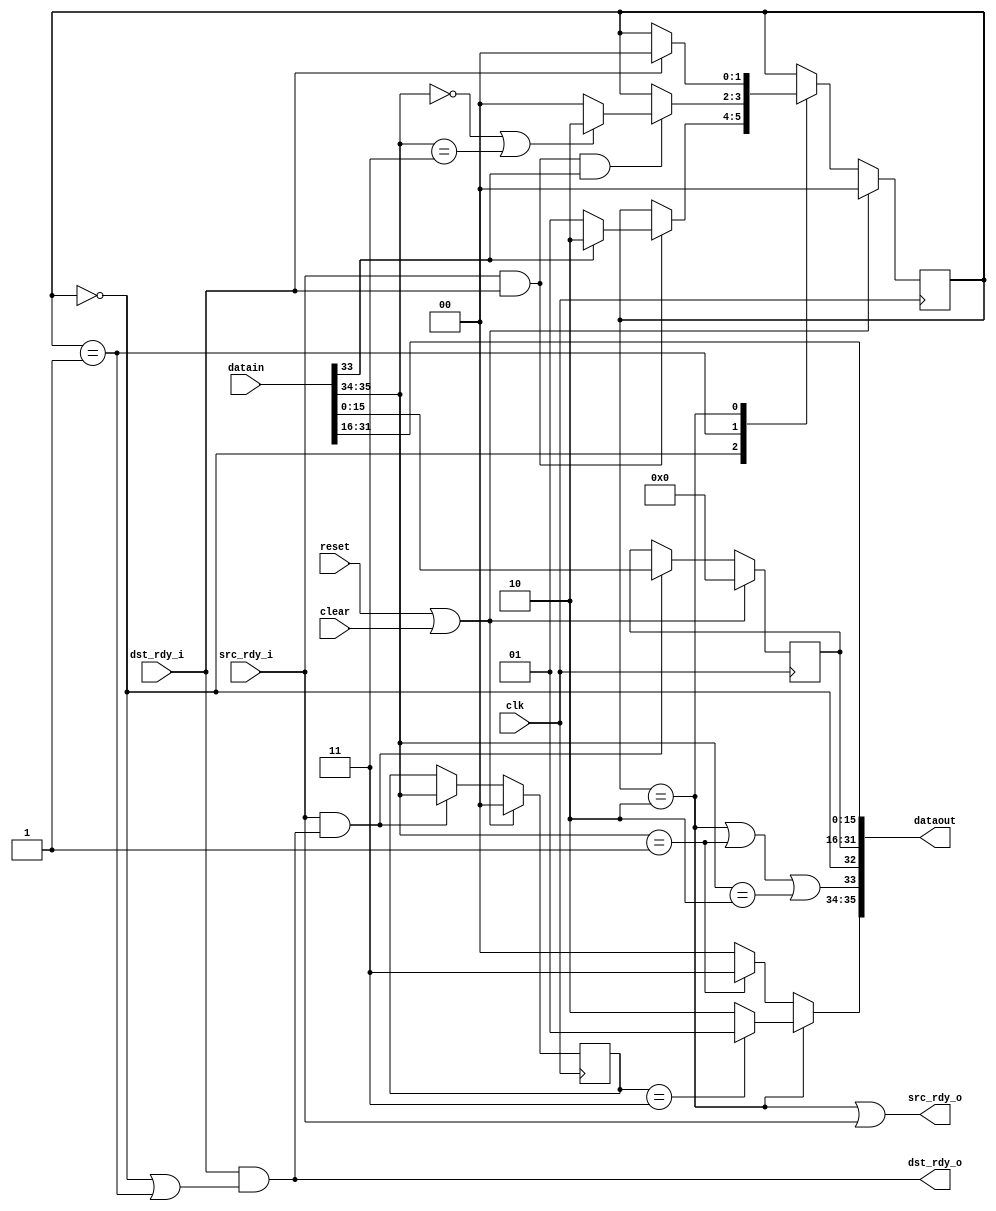
//
// Copyright 2011 Ettus Research LLC
//
// This program is free software: you can redistribute it and/or modify
// it under the terms of the GNU General Public License as published by
// the Free Software Foundation, either version 3 of the License, or
// (at your option) any later version.
//
// This program is distributed in the hope that it will be useful,
// but WITHOUT ANY WARRANTY; without even the implied warranty of
// MERCHANTABILITY or FITNESS FOR A PARTICULAR PURPOSE.  See the
// GNU General Public License for more details.
//
// You should have received a copy of the GNU General Public License
// along with this program.  If not, see <http://www.gnu.org/licenses/>.
//


// NOTE:  Will not work with single-line frames

module ethrx_realign
   (input clk, input reset, input clear,
    input [35:0] datain, input src_rdy_i, output dst_rdy_o,
    output [35:0] dataout, output src_rdy_o, input dst_rdy_i);

   reg [1:0] 	  state;
   reg [15:0] 	  held;
   reg [1:0] 	  held_occ;
	  
   wire 	  xfer_in = src_rdy_i & dst_rdy_o;
   wire 	  xfer_out = src_rdy_o & dst_rdy_i;

   wire 	  sof_in = datain[32];
   wire 	  eof_in = datain[33];
   wire [1:0] 	  occ_in = datain[35:34];
   wire 	  sof_out, eof_out;
   wire [1:0] 	  occ_out;
      
   always @(posedge clk)
     if(reset | clear)
       begin
	  held <= 0;
	  held_occ <= 0;
       end
     else if(xfer_in)
       begin
	  held <= datain[15:0];
	  held_occ <= datain[35:34];
       end
   
   localparam RE_IDLE = 0;
   localparam RE_HELD = 1;
   localparam RE_DONE = 2;

   always @(posedge clk)
     if(reset | clear)
       state <= RE_IDLE;
     else
       case(state)
	 RE_IDLE :
	   if(src_rdy_i & dst_rdy_i)
	      if(eof_in)
		state <= RE_DONE;
	      else
		state <= RE_HELD;

	 RE_HELD :
	   if(src_rdy_i & dst_rdy_i & eof_in)
	     if((occ_in==0)|(occ_in==3))
	       state <= RE_DONE;
	     else
	       state <= RE_IDLE;

	 RE_DONE :
	   if(dst_rdy_i)
	     state <= RE_IDLE;
	 
       endcase // case (state)
   
   
   assign sof_out = (state == RE_IDLE);
   assign eof_out = (state == RE_DONE) | (occ_in == 1) | (occ_in == 2);
   assign occ_out = (state == RE_DONE) ? ((held_occ == 3) ? 1 : 2) :
		    (occ_in == 1) ? 3 : 0;
   		    
   assign dataout = {occ_out,eof_out,sof_out,held,datain[31:16]};
   assign src_rdy_o = (state == RE_DONE) | src_rdy_i;
   assign dst_rdy_o = dst_rdy_i & ((state == RE_IDLE)|(state == RE_HELD));
endmodule // ethrx_realign